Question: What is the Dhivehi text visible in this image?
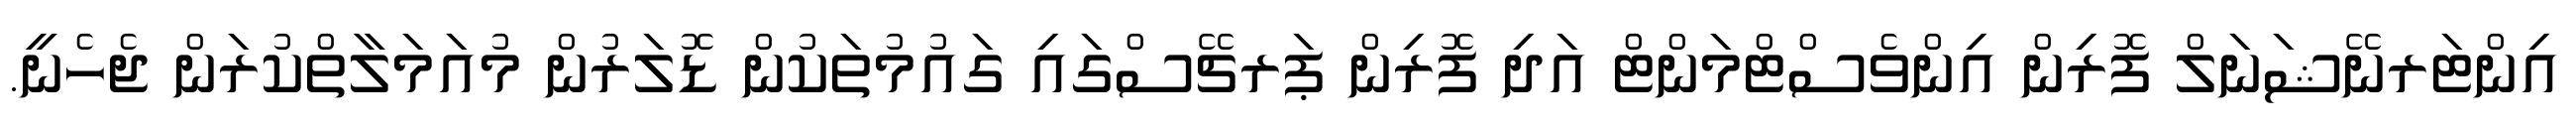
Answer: އިންޓަރނޭޝަނަލް ފޮރިން އިންވެސްޓްމަންޓް އަދި ފޮރިން ޕަރޗޭސްގައި ގައުމުތަކުން ޑޮލަރުން މުއަމަލާތްކުރަން ޖެހެނީ.